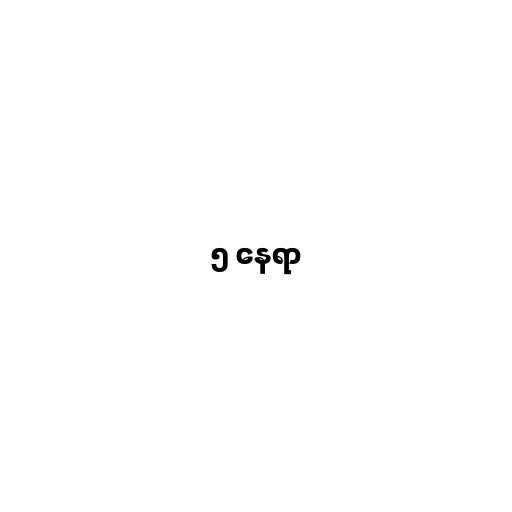
၅ နေရာ